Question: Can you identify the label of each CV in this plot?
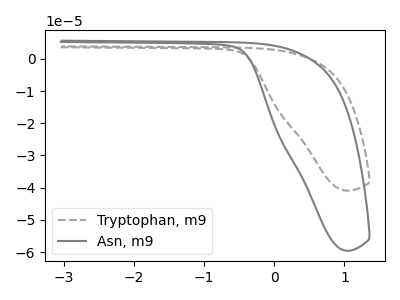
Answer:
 <answer>The gray dashed curve is labeled "Tryptophan, m9". The gray curve is labeled "Asn, m9".</answer>
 <eval></eval>